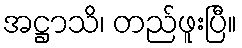
အဋ္ဌာသိ၊ တည်ဖူးပြီ။